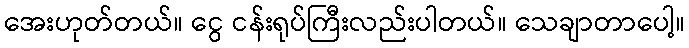
အေးဟုတ်တယ်။ ငွေ ငန်းရုပ်ကြီးလည်းပါတယ်။ သေချာတာပေါ့။